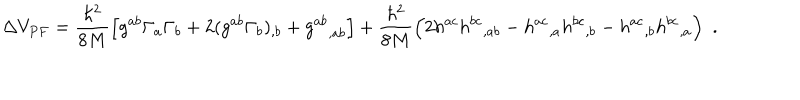
\Delta V _ { P F } = { \frac { \hbar ^ { 2 } } { 8 M } } \Big [ g ^ { a b } \Gamma _ { a } \Gamma _ { b } + 2 ( g ^ { a b } \Gamma _ { b } ) _ { , b } + { g ^ { a b } } _ { , a b } \Big ] + { \frac { \hbar ^ { 2 } } { 8 M } } \Big ( 2 h ^ { a c } { h ^ { b c } } _ { , a b } - { h ^ { a c } } _ { , a } { h ^ { b c } } _ { , b } - { h ^ { a c } } _ { , b } { h ^ { b c } } _ { , a } \Big ) \enspace .